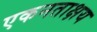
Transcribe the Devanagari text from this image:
एकनताक्षय